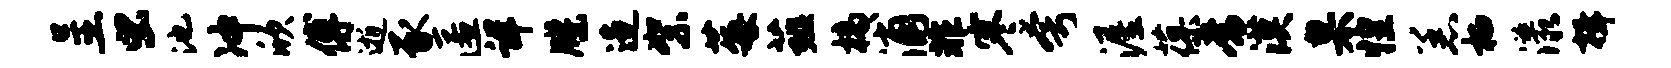
呈虫池冲欣傅逝豕匿详牒造絮莓薤槁浦非寒夸渥葆常漠臬惶恙栖漾揖